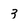
Character: 3